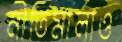
নীতিমালাও